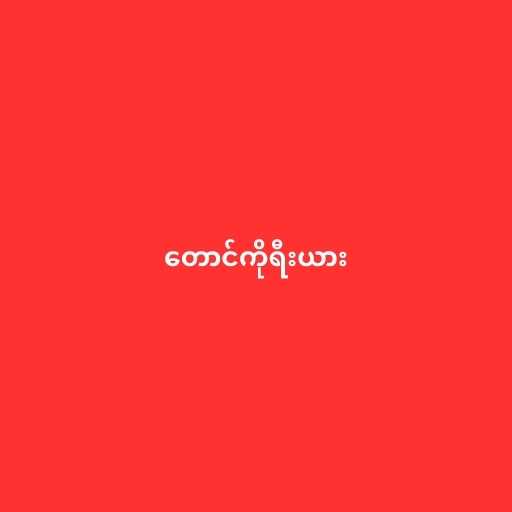
တောင်ကိုရီးယား